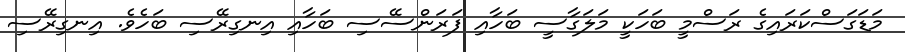
މަޑަގަސްކަރައިގެ ރަސްމީ ބަހަކީ މަލަގާސީ ބަހާއި ފަރަންސޭސި ބަހާއި އިނގިރޭސި ބަހެވެ. އިނގިރޭސި